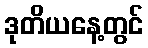
ဒုတိယနေ့တွင်